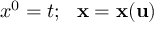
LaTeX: x ^ { 0 } = t ; ~ ~ { \bf x } = { \bf x } ( { \bf u } )